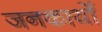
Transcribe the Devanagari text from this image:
जनकार्यों